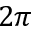
2 \pi